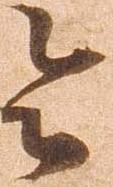
令